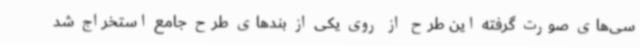
سی‌های صورت گرفته این طرح از روی یکی از بندهای طرح جامع استخراج شد